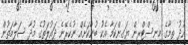
ހުދު ތިމާގެ މިނިސްޓްރީން ޔަގީންކަމާ އެކު ބުނާކަށެއް ނުކެރޭނެ ދައުލަތުގެ މުދާ ސަލާމަތުން